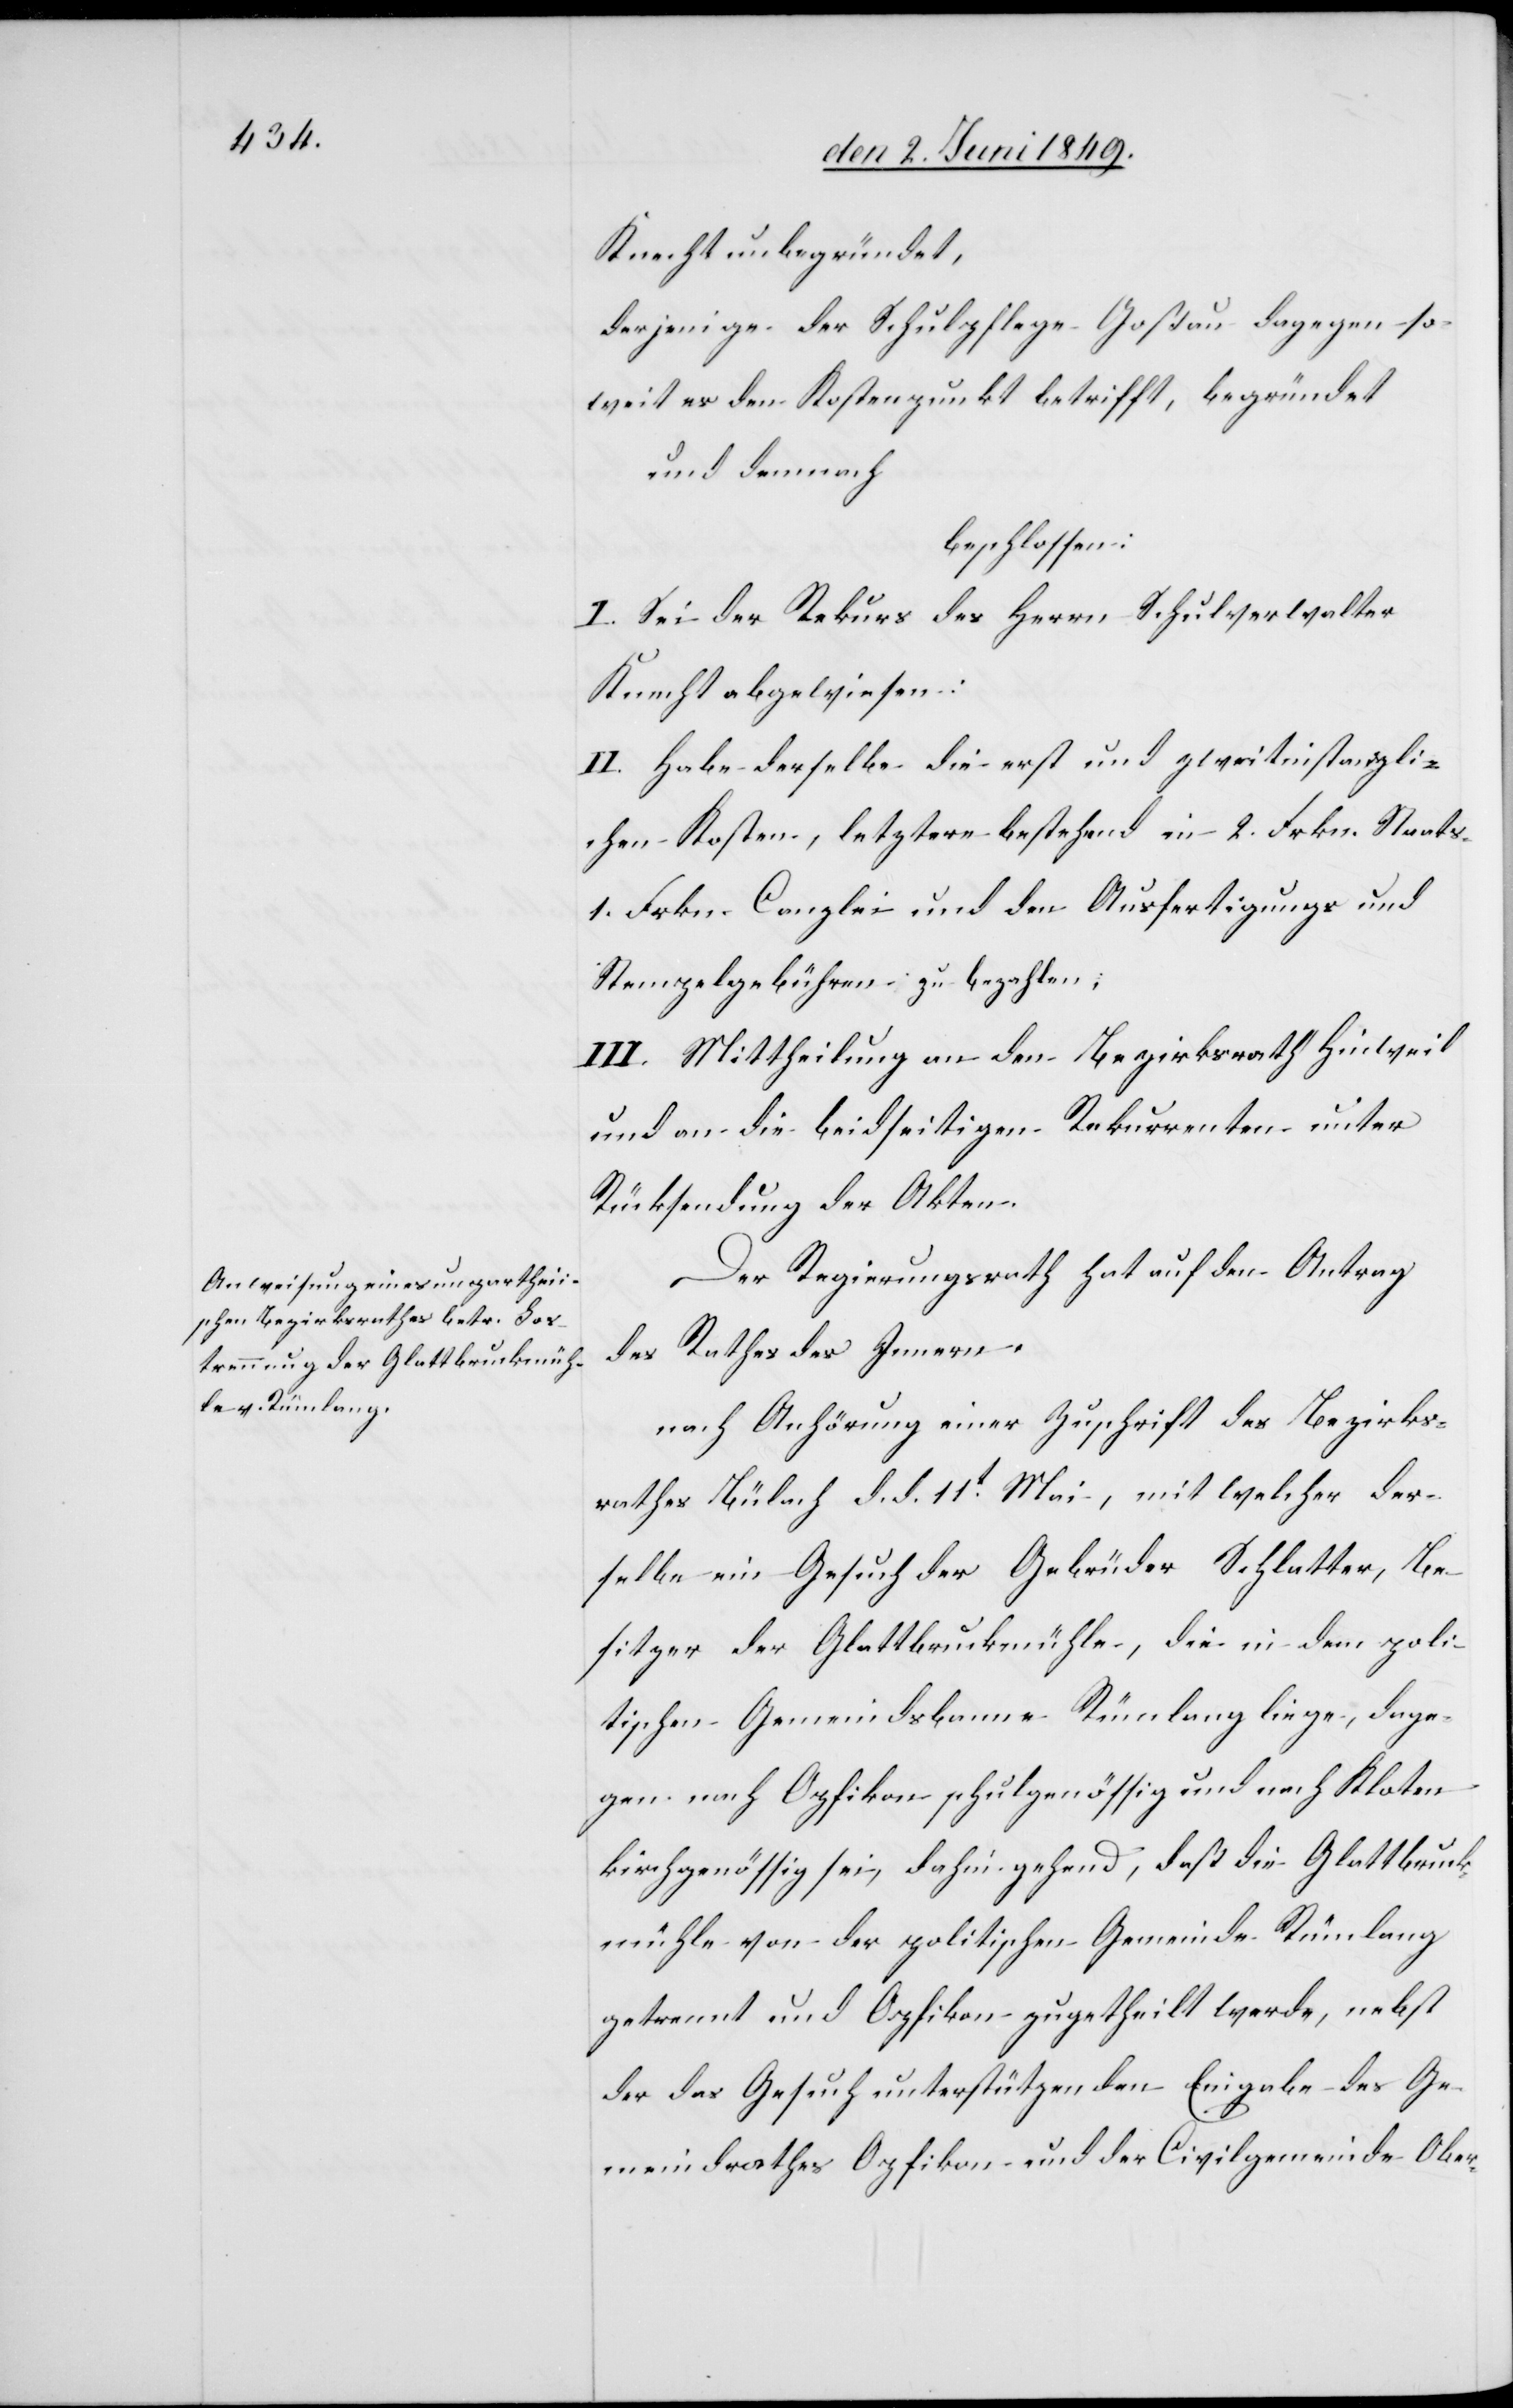
Knecht unbegründet,
derjenige der Schulpflege Goßau dagegen so¬
weit es den Kostenpunkt betrifft, begründet
und demnach
beschlossen:
I. Sei der Rekurs des Herrn Schulverwalter
Knecht abgewiesen:
II. Habe derselbe die erst und zweitinstanzli¬
chen Kosten, letztere bestehend in 2. Frkn. Staats-
1. Frkn. Canzlei und den Ausfertigungs und
Stempelgebühren zu bezahlen;
III. Mittheilung an den Bezirksrath Hinweil
und an die beidseitigen Rekurrenten unter
Rücksendung der Akten.
Der Regierungsrath hat auf den Antrag
des Rathes des Innern.
nach Anhörung einer Zuschrift des Bezirks¬
rathes Bülach d. d. 11t Mai, mit welcher der¬
selbe ein Gesuch der Gebrüder Schlatter, Be¬
sitzer der Glattbruckenmühle, die in dem poli¬
tischen Gemeindsbanne Rümlang liege, dage¬
gen nach Opfikon schulgenössig und nach Kloten
kirchengenössig sei, dahin gehend, daß die Glattbruck¬
mühle von der politischen Gemeinde Rümlang
getrennt und Opfikon zugetheilt werde, nebst
der das Gesuch unterstützenden Eingabe des Ge¬
meindrathes Opfikon und der Civilgemeinde Ober-